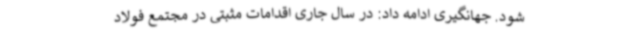
شود. جهانگیری ادامه داد: در سال جاری اقدامات مثبتی در مجتمع فولاد